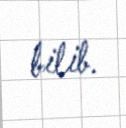
bilib.